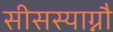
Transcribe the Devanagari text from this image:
सीसस्याग्नौ